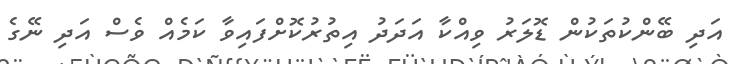
އަދި ބޭންކުތަކުން ޑޮލަރު ވިއްކާ އަދަދު އިތުރުކޮށްފައިވާ ކަމެއް ވެސް އަދި ނޭގެ